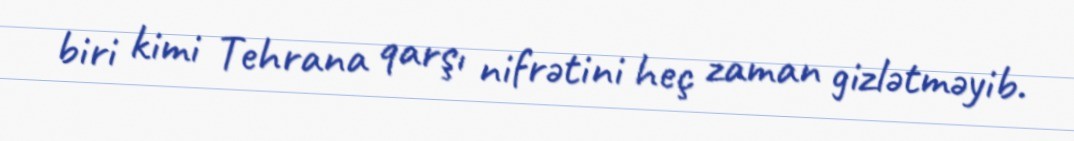
biri kimi Tehrana qarşı nifrətini heç zaman gizlətməyib.